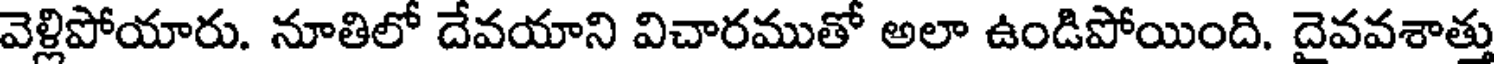
వెళ్లిపోయారు. నూతిలో దేవయాని విచారముతో అలా ఉండిపోయింది. దైవవశాత్తు